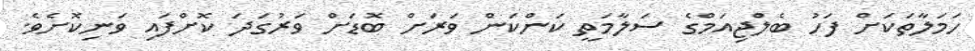
ހަމަލާތަކަށް ފަހު ބެލްޖިއަމްގެ ސަލާމަތީ ކަންކަން ވަރަށް ބޮޑަށް ވަރުގަދަ ކޮށްފައި ވަނިކޮށެވެ.